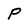
Character: P